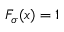
F _ { \sigma } ( x ) = 1